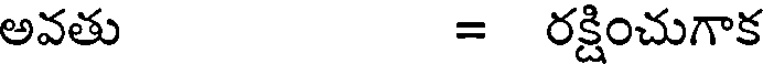
అవతు = రక్షించుగాక